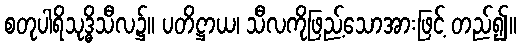
စတုပါရိသုဒ္ဓိသီလ၌။ ပတိဋ္ဌာယ၊ သီလကိုဖြည့်သောအားဖြင့် တည်၍။